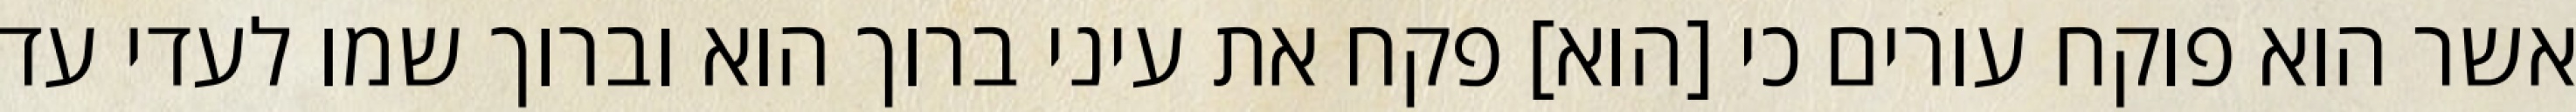
אשר הוא פוקח עורים כי [הוא] פקח את עיני ברוך הוא וברוך שמו לעדי עד